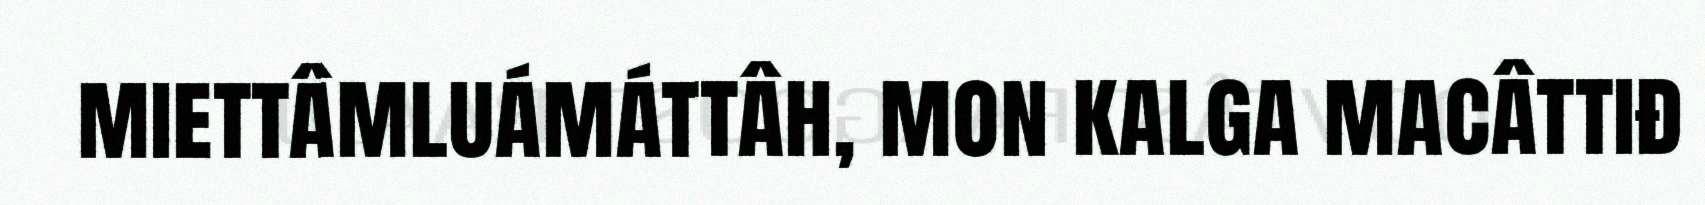
miettâmluámáttâh, mon kalga macâttiđ